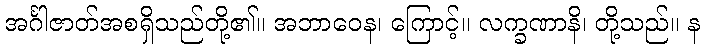
အင်္ဂါဇာတ်အစရှိသည်တို့၏။ အဘာဝေန၊ ကြောင့်။ လက္ခဏာနိ၊ တို့သည်။ န